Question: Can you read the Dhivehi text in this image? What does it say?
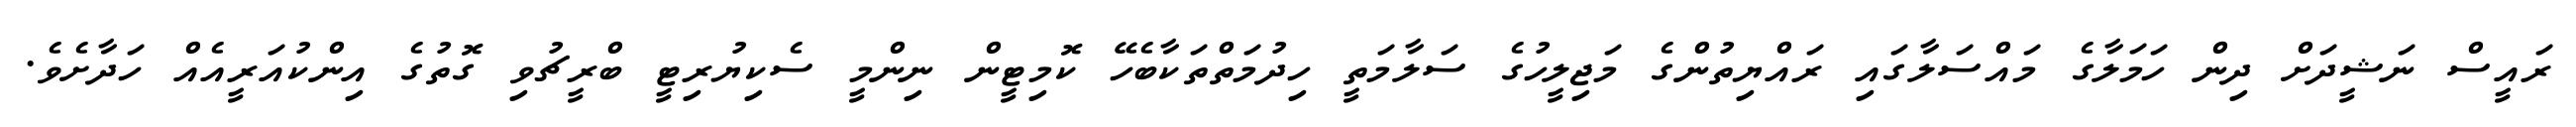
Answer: ރައީސް ނަޝީދަށް ދިން ހަމަލާގެ މައްސަލާގައި ރައްޔިތުންގެ މަޖިލީހުގެ ސަލާމަތީ ހިދުމަތްތަކާބެހޭ ކޮމިޓީން ނިންމީ ސެކިޔުރިޓީ ބްރީޗުވި ގޮތުގެ އިންކުއަރީއެއް ހަދާށެވެ.